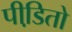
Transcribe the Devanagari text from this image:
पीडि़तो